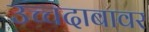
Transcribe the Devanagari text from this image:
उच्चदाबावर